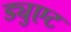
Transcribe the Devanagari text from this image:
ड्युएट